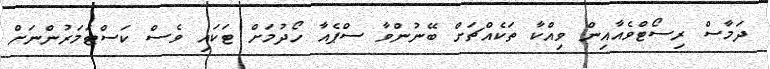
ދަމާސް ރިސޯޓްވެއާއިން ވިއްކާ ތަކެއްޗަށް ބޭނުންވާ ސްޕެއާ ހޯދުމަށް ޓަކައި ވެސް ކަސްޓަމަރުންނަށް